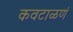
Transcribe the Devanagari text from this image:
कवटाळणं